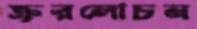
ক্রূরলোচন